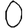
Digit: 0